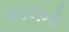
પટલનો